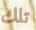
تلك